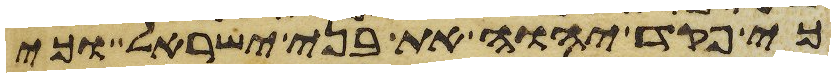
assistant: כי פקד יהוה את בני ישראל וכי